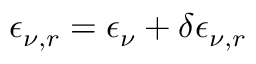
\epsilon _ { \nu , r } = \epsilon _ { \nu } + \delta \epsilon _ { \nu , r }